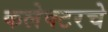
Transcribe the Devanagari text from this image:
कलेक्टरचे